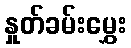
နှုတ်ခမ်းမွှေး